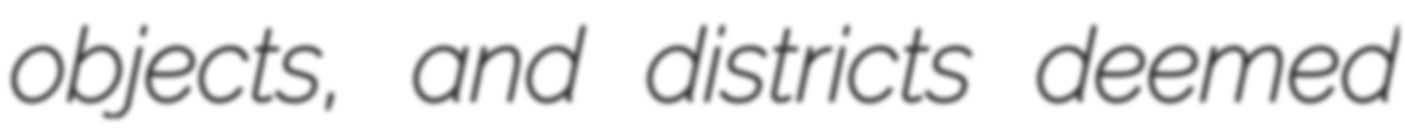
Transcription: objects, and districts deemed